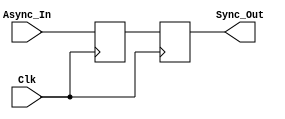
module dual_ff_synchronizer(
    input wire Clk,          // Clock signal for the destination clock domain
    input wire Async_In,     // Asynchronous input signal to be synchronized
    output reg Sync_Out      // Synchronized output signal
);

    // Internal flip-flop signals
    reg ff1_out; // Output of the first flip-flop

    // First Flip-Flop (FF1)
    always @(posedge Clk) begin
        ff1_out <= Async_In; // Sample the asynchronous input
    end

    // Second Flip-Flop (FF2)
    always @(posedge Clk) begin
        Sync_Out <= ff1_out; // Synchronously update output from FF1
    end

endmodule